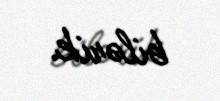
bilərik.